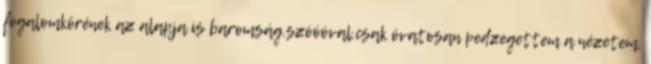
fogalomkörének az alapja is baromság.szóóóval.csak óvatosan pedzegettem a nézetem,